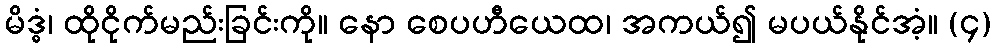
မိဒ္ဓံ၊ ထိုငိုက်မည်းခြင်းကို။ နော စေပဟီယေထ၊ အကယ်၍ မပယ်နိုင်အံ့။ (၄)